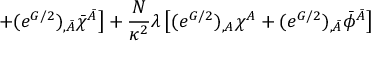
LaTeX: \left. + ( e ^ { G / 2 } ) _ { , \bar { A } } \bar { \chi } ^ { \bar { A } } \right] + \frac { N } { \kappa ^ { 2 } } \lambda \left[ ( e ^ { G / 2 } ) _ { , A } \chi ^ { A } + ( e ^ { G / 2 } ) _ { , \bar { A } } \bar { \phi } ^ { \bar { A } } \right]